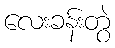
လေးခန်းတွဲ